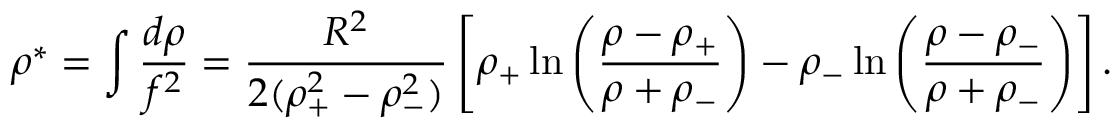
\rho ^ { * } = \int { \frac { d \rho } { f ^ { 2 } } } = { \frac { R ^ { 2 } } { 2 ( \rho _ { + } ^ { 2 } - \rho _ { - } ^ { 2 } ) } } \left[ \rho _ { + } \ln \left( { \frac { \rho - \rho _ { + } } { \rho + \rho _ { - } } } \right) - \rho _ { - } \ln \left( { \frac { \rho - \rho _ { - } } { \rho + \rho _ { - } } } \right) \right] .